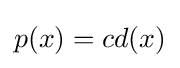
p(x)=cd(x)